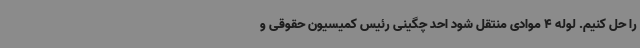
را حل کنیم. لوله 4 موادی منتقل شود احد چگینی رئیس کمیسیون حقوقی و